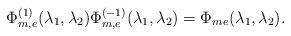
LaTeX: \begin{align*} \Phi_{m,e}^{(1)}(\lambda_1,\lambda_2)\Phi_{m,e}^{(-1)}(\lambda_1,\lambda_2)=\Phi_{me}(\lambda_1,\lambda_2).\end{align*}